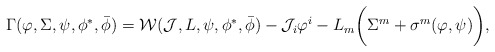
\begin{align*}\Gamma(\varphi,\Sigma,\psi,\phi^*,\bar{\phi})= {\cal W}({\cal J},L,\psi,\phi^*,\bar{\phi}) - {\cal J}_i\varphi^i - L_m\bigg(\Sigma^m+\sigma^m(\varphi,\psi)\bigg),\end{align*}